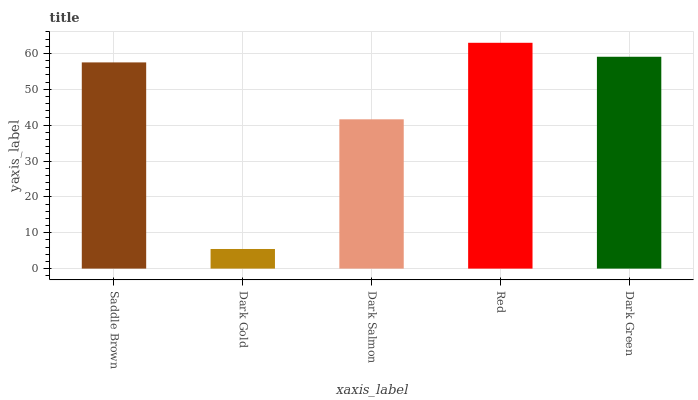
| xaxis_label | bars |
 | --- | --- |
 | Saddle Brown | 57.5 |
 | Dark Gold | 5.47 |
 | Dark Salmon | 41.6 |
 | Red | 63 |
 | Dark Green | 59.1 |